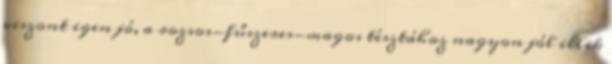
viszont igen jó, a rozsos-fűszeres-magos tésztához nagyon jól illik